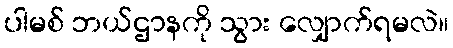
ပါမစ် ဘယ်ဌာနကို သွား လျှောက်ရမလဲ။